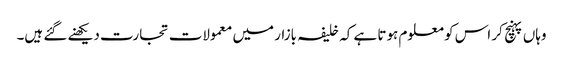
وہاں پہنچ کر اس کو معلوم ہوتا ہے کہ خلیفہ بازار میں معمولات تجارت دیکھنے گئے ہیں۔